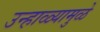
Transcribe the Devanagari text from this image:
उन्हाळ्यामुळे